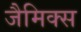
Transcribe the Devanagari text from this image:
जैमिक्स